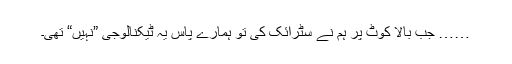
…… جب بالا کوٹ پر ہم نے سٹرائک کی تو ہمارے پاس یہ ٹیکنالوجی ”نہیں“ تھی۔